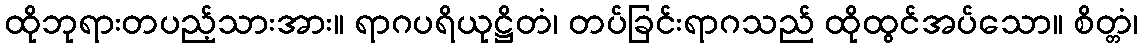
ထိုဘုရားတပည့်သားအား။ ရာဂပရိယုဋ္ဌိတံ၊ တပ်ခြင်းရာဂသည် ထိုထွင်အပ်သော။ စိတ္တံ၊